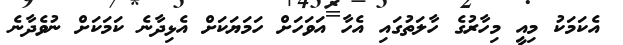
އެކަމަކު މިއީ މިހާރުގެ ހާލަތުގައި އެހާ އަވަހަށް ހަމަޔަކަށް އެޅިދާނެ ކަމަކަށް ނުވެދާނެ